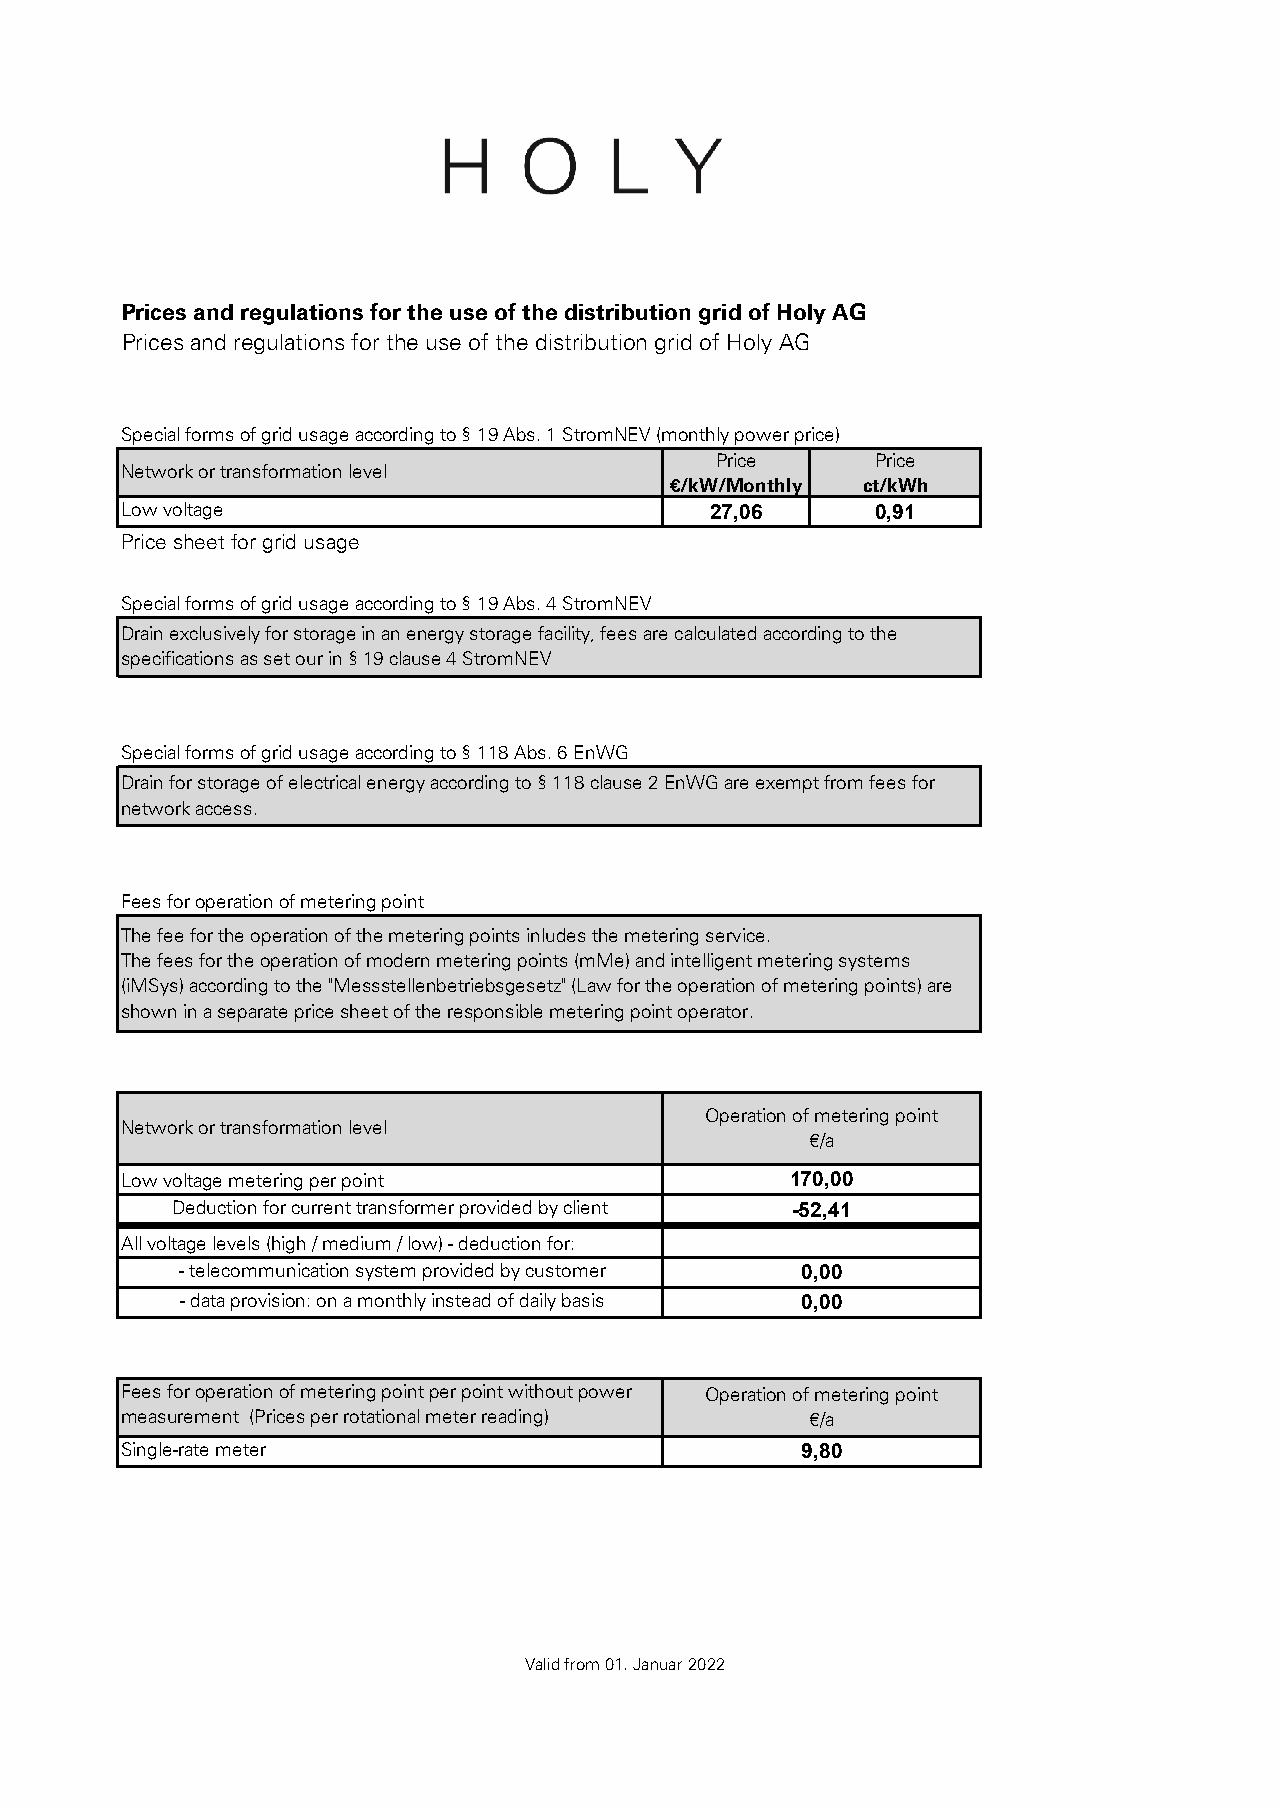
Prices and regulations for the use of the distribution grid of Holy AG
 Prices and regulations for the use of the distribution grid of Holy AG
 Special forms of grid usage according to § 19 Abs. 1 StromNEV (monthly power price)
 Price     Price
 Network or transformation level
 €/kW/Monthly ct/kWh
 Low voltage                            27,06      0,91
 Price sheet for grid usage
 Special forms of grid usage according to § 19 Abs. 4 StromNEV
 Drain exclusively for storage in an energy storage facility, fees are calculated according to the
 specifications as set our in § 19 clause 4 StromNEV
 Special forms of grid usage according to § 118 Abs. 6 EnWG
 Drain for storage of electrical energy according to § 118 clause 2 EnWG are exempt from fees for
 network access.
 Fees for operation of metering point
 The fee for the operation of the metering points inludes the metering service.
 The fees for the operation of modern metering points (mMe) and intelligent metering systems
 (iMSys) according to the "Messstellenbetriebsgesetz" (Law for the operation of metering points) are
 shown in a separate price sheet of the responsible metering point operator.
 Operation of metering point
 Network or transformation level
 €/a
 Low voltage metering per point              170,00
 Deduction for current transformer provided by client -52,41
 All voltage levels (high / medium / low) - deduction for:
 - telecommunication system provided by customer 0,00
 - data provision: on a monthly instead of daily basis 0,00
 Fees for operation of metering point per point without power Operation of metering point
 measurement (Prices per rotational meter reading) €/a
 Single-rate meter                            9,80
 Valid from 01. Januar 2022